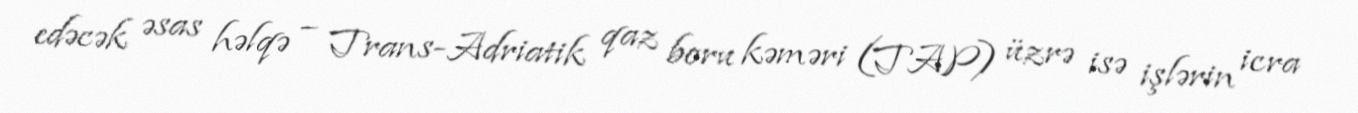
edəcək əsas həlqə – Trans-Adriatik qaz boru kəməri (TAP) üzrə isə işlərin icra